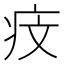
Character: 𤵒